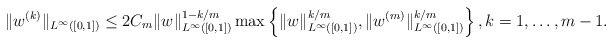
\begin{align*}\|w^{(k)}\|_{L^{\infty}([0,1])} \leq 2C_m \|w\|_{L^{\infty}([0,1])}^{1-k/m} \max\left\{\|w\|_{L^{\infty}([0,1])}^{k/m}, \|w^{(m)}\|_{L^{\infty}([0,1])}^{k/m} \right\}, k=1, \dots, m-1.\end{align*}